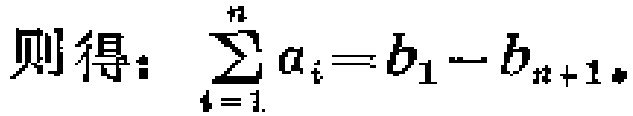
则得：\(\sum_{i = 1}^{n} a_{i}=b_{1}-b_{n + 1}\)